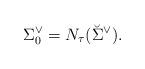
LaTeX: \begin{align*} \Sigma_0^\vee = N_\tau(\breve{\Sigma}^\vee).\end{align*}